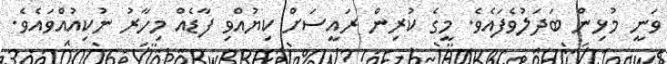
ވަނީ މުޅިން ބަދަލުވެފައެވެ. މީގެ ކުރިން ރައީސަށް ކިޔުއްވި ފާޑެއް މިހާރު ނުކިއުއްވައެވެ.